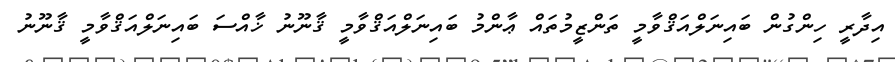
އިދާރީ ހިންގުން ބައިނަލްއަޤްވާމީ ތަންޒީމުތައް ޢާންމު ބައިނަލްއަޤްވާމީ ޤާނޫނު ޚާއްސަ ބައިނަލްއަޤްވާމީ ޤާނޫނު